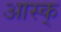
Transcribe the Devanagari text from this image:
आस्क्